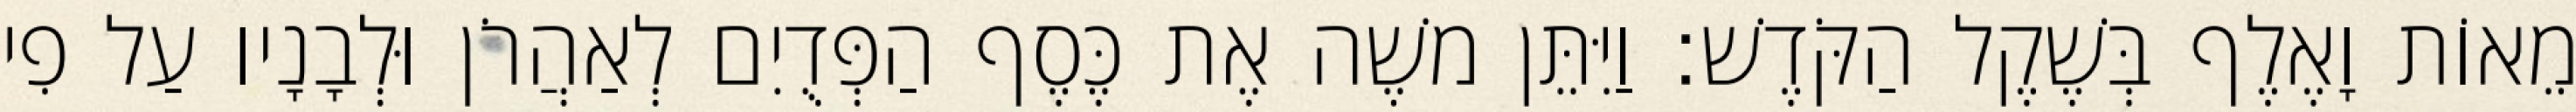
מֵאוֹת וָאֶלֶף בְּשֶׁקֶל הַקֹּדֶשׁ׃ וַיִּתֵּן משֶׁה אֶת כֶּסֶף הַפְּדֻיִם לְאַהֲרֹן וּלְבָנָיו עַל פִי